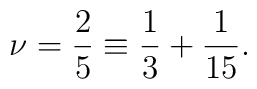
\nu =\frac{2}{5}\equiv\frac{1}{3}+\frac{1}{15}.